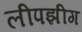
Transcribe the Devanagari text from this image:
लीपझीग